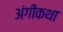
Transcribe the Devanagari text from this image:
अंगीकथा